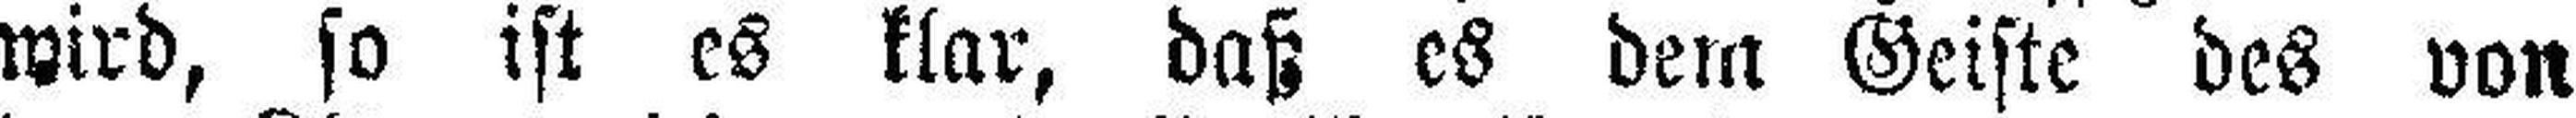
wird, so ist es klar, daß es dem Geiste des von